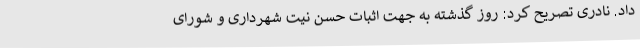
داد. نادری تصریح کرد: روز گذشته به جهت اثبات حسن نیت شهرداری و شورای